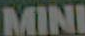
MINI